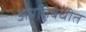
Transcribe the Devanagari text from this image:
अप्रतिबंधीत